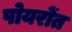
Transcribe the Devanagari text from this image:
पोयरोंत